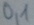
Text: O,1